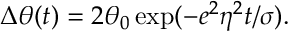
\Delta \theta ( t ) = 2 \theta _ { 0 } \exp ( - e ^ { 2 } \eta ^ { 2 } t / \sigma ) .